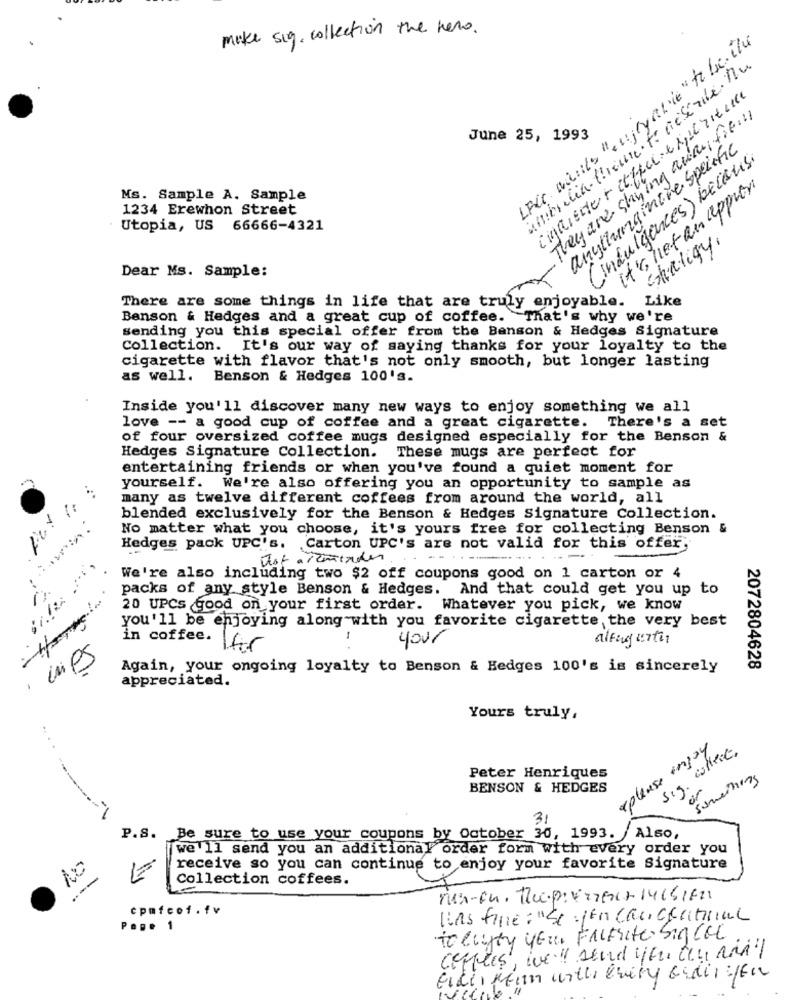
mike sig . collection the hero .
LACC wants "enjoyable" to be itu
ambrelia. theune . to aelerle. nu
cigarette + coffee experience
They are staying auditifill
June 25, 1993
anythingingre Specfic
(indulgences) because
it's niet an appron
Ms. Sample A. Sample
1234 Erewhon Street
Utopia, US 66666-4321
Staligy.
Dear Ms. Sample:
There are some things in life that are truly enjoyable.
Like
Benson & Hedges and a great cup of coffee. That's why we're
sending you this special offer from the Benson & Hedges Signature
Collection. It's our way of saying thanks for your loyalty to the
cigarette with flavor that's not only smooth, but longer lasting
as well.
Benson & Hedges 100's.
Inside you'll discover many new ways to enjoy something we all
love -- a good cup of coffee and a great cigarette. There's a set
of four oversized coffee mugs designed especially for the Benson &
Hedges Signature Collection. These mugs are perfect for
entertaining friends or when you've found a quiet moment for
yourself. We're also offering you an opportunity to sample as
many as twelve different coffees from around the world, all
blended exclusively for the Benson & Hedges Signature Collection.
No matter what you choose, it's yours free for collecting Benson &
Hedges pack UPC's.
Carton UPC's are not valid for this offer,
. ...
We're also including two $2 off coupons good on 1 carton or 4
packs of any style Benson & Hedges. And that could get you up to
20 UPCs good on your first order. Whatever you pick, we know
you'll be enjoying along with you favorite cigarette the very best
in coffee.
1
your
along with
Again, your ongoing loyalty to Benson & Hedges 100's is sincerely
2072804628
appreciated.
Yours truly,
....
eplease enjoy
sig. collect.
Peter Henriques
something
BENSON & HEDGES
31
Also,
P.S. Be sure to use your coupons by October 30, 1993.
we 'll send you an additional order form with every order you
NO
1=
receive so you can continue to enjoy your favorite Signature
Collection coffees.
nur-en. Rec.pierrenc+ 14661621
cpmfco1.fv
DAS fine : "Se : pon cauceatual
Pope 1
To cuyoy ye: FALSIte SigCEL
coffees, ive !! send you tou Ray
Gider kein with Every GrainyEn